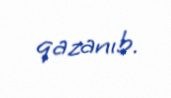
qazanıb.